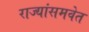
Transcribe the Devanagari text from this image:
राज्यांसमवेत